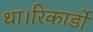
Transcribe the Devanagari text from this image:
था।रिकार्डो